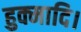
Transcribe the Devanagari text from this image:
हुक्मादि।